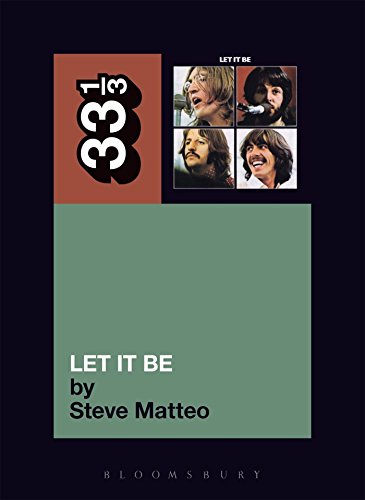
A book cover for The Beatles' Let It Be (33 1/3 series); Steve Matteo; Humor & Entertainment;